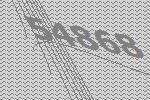
54868